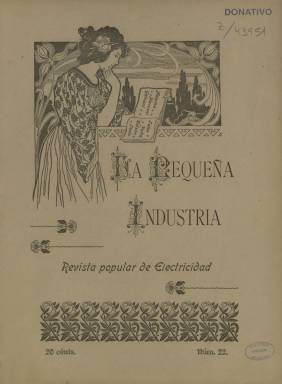
Título: La Pequeña industria
Colección: Industria
Ámbito geográfico: Valencia
Lugar de publicación: Valencia
Fechas: 01/01/1901-15/01/1901